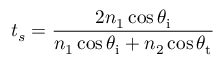
t _ { s } = { \frac { 2 n _ { 1 } \cos \theta _ { \mathrm { i } } } { n _ { 1 } \cos \theta _ { \mathrm { i } } + n _ { 2 } \cos \theta _ { \mathrm { t } } } }